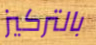
بالتركيز